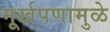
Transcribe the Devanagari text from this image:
मूर्खपणामुळे